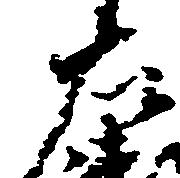
左